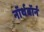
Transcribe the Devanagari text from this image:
नॉर्थबॉर्न